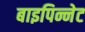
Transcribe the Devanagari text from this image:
बाइपिन्नेट